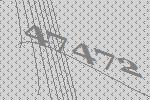
47472